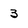
Character: 3